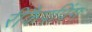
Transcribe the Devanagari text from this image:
रीकैपपिंग